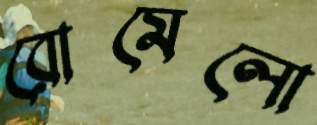
রোমেলো